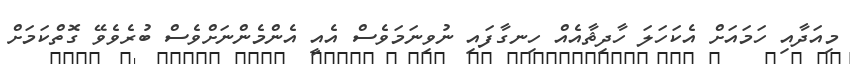
މިއަދާއި ހަމައަށް އެކަހަލަ ހާދިޘާއެއް ހިނގާފައި ނުވިނަމަވެސް އެއީ އެންމެންނަށްވެސް ބުރެވެވޭ ގޮތްކަމަށް